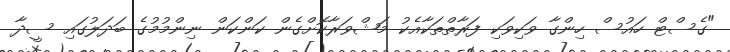
"ގެސްޓް ހައުސް ހިންގާ ވަކިވަކި ފަރާތްތަކާއެކު މަޝްވަރާކޮށްގެން ކަންކަން ނިންމުމުގެ ބަދަލުގައި ސީދާ